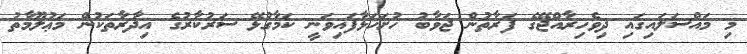
މި މައްސަލައިގައި ދިވެހިރާއްޖޭގެ ފަރާތުން ޖަވާބު ހުށަހަޅާފައިވަނީ ކަމާގުޅޭ ސަރުކާރުގެ އިދާރާތަކުން މަޢުލޫމާތު